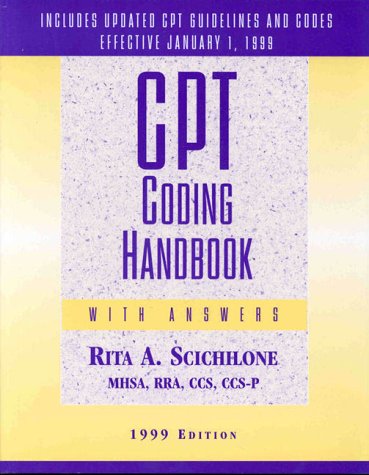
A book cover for CPT Coding Handbook, 1999 Edition (with Answers); Rita A. Scichilone; Medical Books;